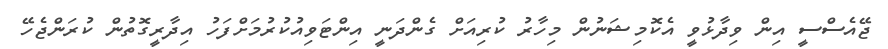
ޖޭއެސްސީ އިން ވިދާޅުވީ އެކޮމިޝަނުން މިހާރު ކުރިއަށް ގެންދަނީ އިންޓަވިއުކުރުމަށްފަހު އިދާރީގޮތުން ކުރަންޖެހޭ